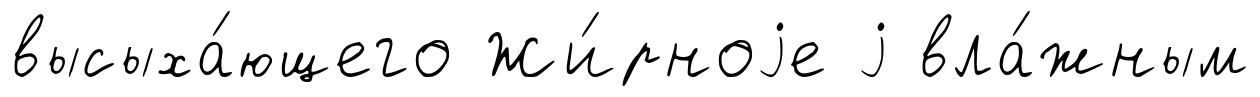
высыха́ющего Жи́рноjе j вла́жным